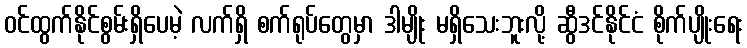
ဝင်ထွက်နိုင်စွမ်းရှိပေမဲ့ လက်ရှိ စက်ရုပ်တွေမှာ ဒါမျိုး မရှိသေးဘူးလို့ ဆွီဒင်နိုင်ငံ စိုက်ပျိုးရေး